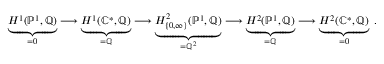
\underbrace { H ^ { 1 } ( \mathbb { P } ^ { 1 } , \mathbb { Q } ) } _ { = 0 } \longrightarrow \underbrace { H ^ { 1 } ( \mathbb { C } ^ { \ast } , \mathbb { Q } ) } _ { = \mathbb { Q } } \longrightarrow \underbrace { H _ { \{ 0 , \infty \} } ^ { 2 } ( \mathbb { P } ^ { 1 } , \mathbb { Q } ) } _ { = \mathbb { Q } ^ { 2 } } \longrightarrow \underbrace { H ^ { 2 } ( \mathbb { P } ^ { 1 } , \mathbb { Q } ) } _ { = \mathbb { Q } } \longrightarrow \underbrace { H ^ { 2 } ( \mathbb { C } ^ { \ast } , \mathbb { Q } ) } _ { = 0 } \ .